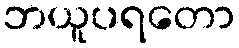
ဘယူပရတော